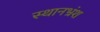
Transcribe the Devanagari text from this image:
स्थानभ्रंश